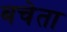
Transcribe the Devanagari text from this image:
बचेता